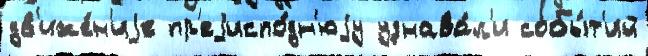
дв'иже́н'иjе пр'еjиспо́дн'юjу узнава́л'и собы́т'ий